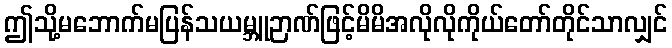
ဤသို့မဘောက်မပြန်သယမ္ဘူဉာဏ်ဖြင့်မိမိအလိုလိုကိုယ်တော်တိုင်သာလျှင်